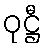
ဝုဋ္ဌီ